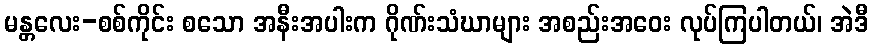
မန္တလေး-စစ်ကိုင်း စသော အနီးအပါးက ဂိုဏ်းသံဃာများ အစည်းအဝေး လုပ်ကြပါတယ်၊ အဲဒီ